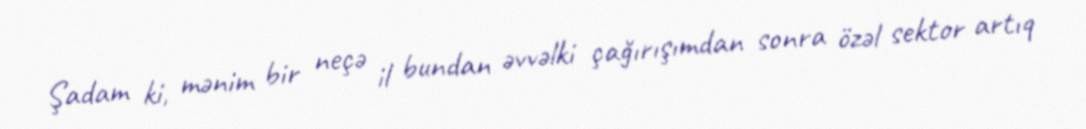
Şadam ki, mənim bir neçə il bundan əvvəlki çağırışımdan sonra özəl sektor artıq